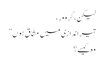
لیکن، گرو ور ،
تیر اندازی میں مشّاق ہوں ”
وہ کیسے؟